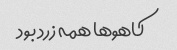
کاهو‌ها همه زرد بود